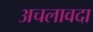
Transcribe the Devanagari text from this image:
अचलावदा